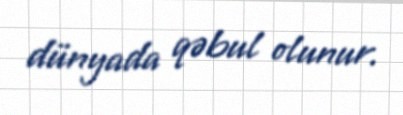
dünyada qəbul olunur.